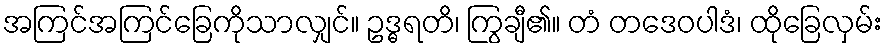
အကြင်အကြင်ခြေကိုသာလျှင်။ ဥဒ္ဓရတိ၊ ကြွချီ၏။ တံ တဒေဝပါဒံ၊ ထိုခြေလှမ်း